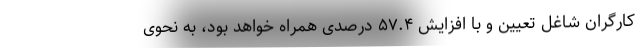
کارگران شاغل تعیین و با افزایش ۵۷.۴ درصدی همراه خواهد بود، به نحوی